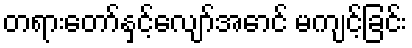
တရားတော်နှင့်လျော်အောင် မကျင့်ခြင်း